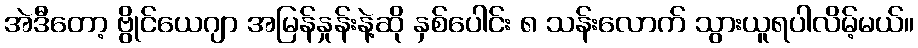
အဲဒီတော့ ဗွိုင်ယေဂျာ အမြန်နှုန်းနဲ့ဆို နှစ်ပေါင်း ၈ သန်းလောက် သွားယူရပါလိမ့်မယ်။